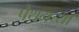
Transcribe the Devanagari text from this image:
पैथनच्या